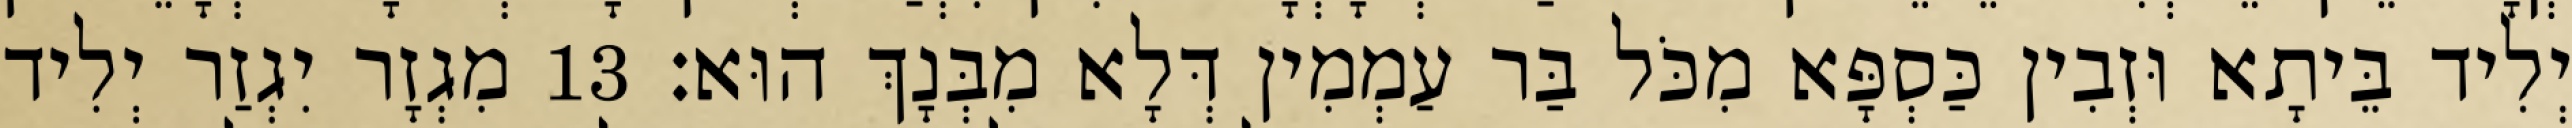
יְלִיד בֵּיתָא וּזְבִין כַּסְפָּא מִכֹּל בַּר עַמְמִין דְּלָא מִבְּנָךְ הוּא׃ 13 מִגְזָר יִגְזַר יְלִיד